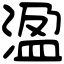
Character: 溋